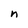
Character: n